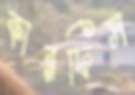
কারফিস